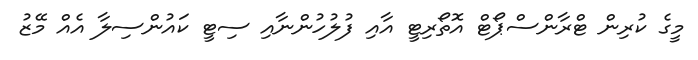
މީގެ ކުރިން ޓްރާންސްޕޯޓް އޮތޯރިޓީ އާއި ފުލުހުންނާއި ސިޓީ ކައުންސިލާ އެއް މޭޒު